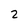
Character: 2